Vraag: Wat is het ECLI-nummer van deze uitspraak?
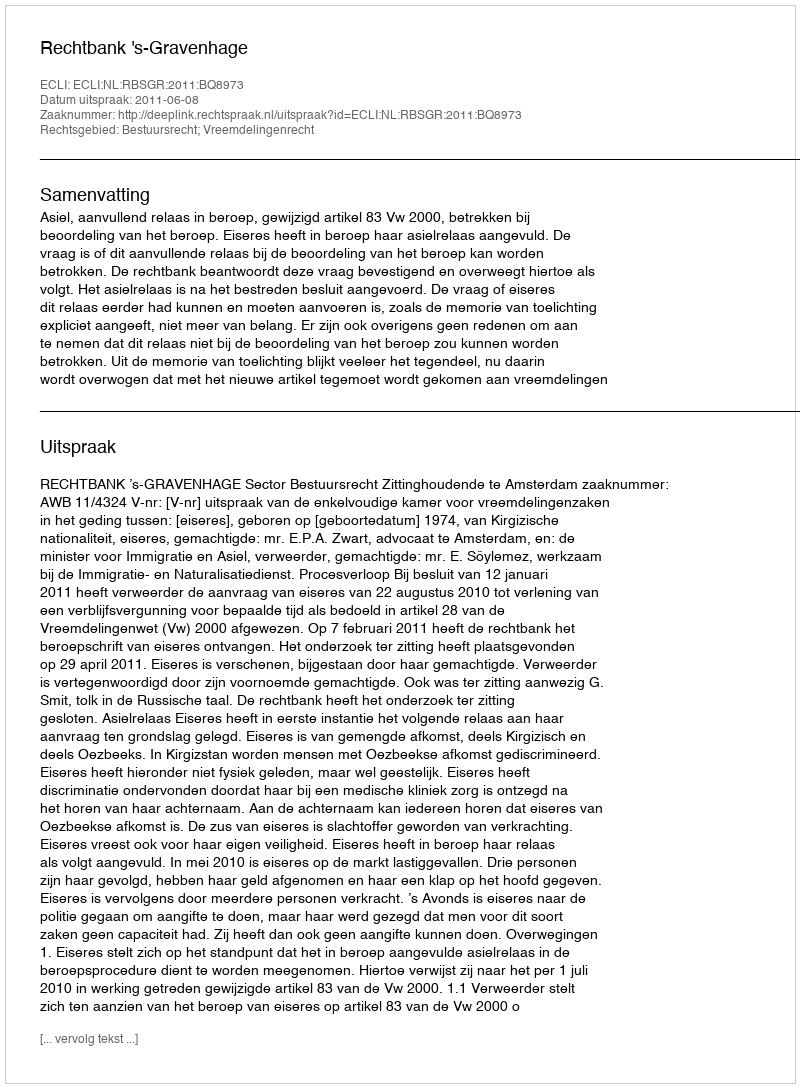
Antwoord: ECLI:NL:RBSGR:2011:BQ8973